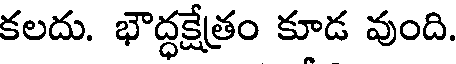
కలదు. భౌద్ధక్షేత్రం కూడ వుంది.